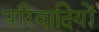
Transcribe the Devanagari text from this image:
परिवादियों